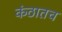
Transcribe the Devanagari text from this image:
कंठातच